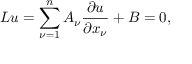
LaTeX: L u = \sum _ { \nu = 1 } ^ { n } A _ { \nu } { \frac { \partial u } { \partial x _ { \nu } } } + B = 0 ,